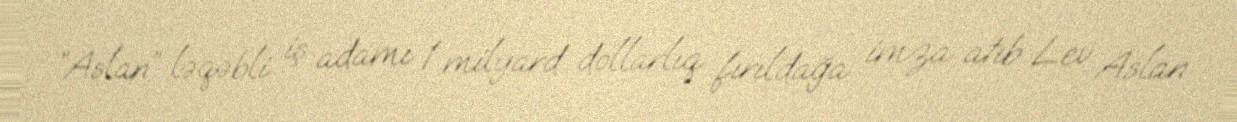
“Aslan” ləqəbli iş adamı 1 milyard dollarlıq fırıldağa imza atıb Lev Aslan